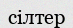
сілтер